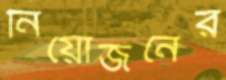
নিয়োজনের